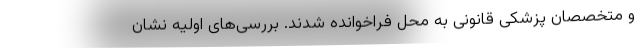
و متخصصان پزشکی قانونی به محل فراخوانده شدند. بررسی‌های اولیه نشان